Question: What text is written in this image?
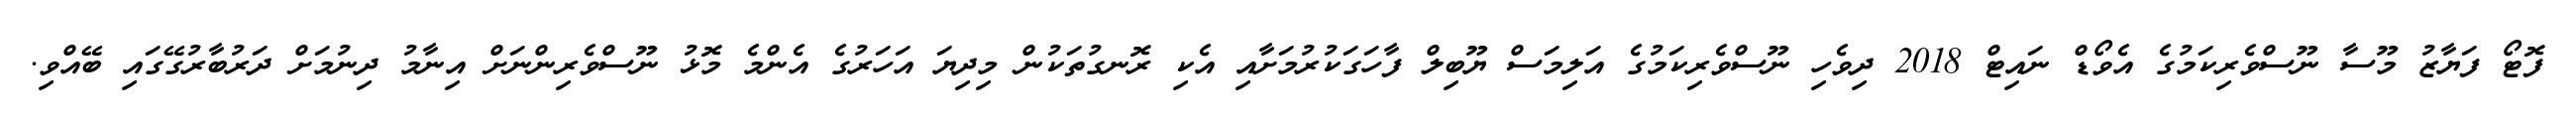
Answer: ފޮޓޯ ފަޔާޒު މޫސާ ނޫސްވެރިކަމުގެ އެވޯޑް ނައިޓް 2018 ދިވެހި ނޫސްވެރިކަމުގެ އަލިމަސް ޔޫބިލް ފާހަގަކުރުމަށާއި އެކި ރޮނގުތަކުން މިދިޔަ އަހަރުގެ އެންމެ މޮޅު ނޫސްވެރިންނަށް އިނާމު ދިނުމަށް ދަރުބާރުގޭގައި ބޭއްވި.